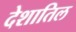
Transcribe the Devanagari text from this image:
देशातिल